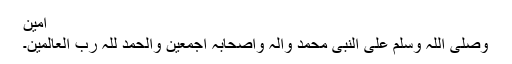
آمین
وصلی اللہ وسلم علی النبی محمد والہ واصحابہ اجمعین والحمد للّٰہ رب العالمین۔